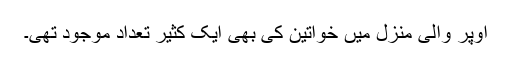
اوپر والی منزل میں خواتین کی بھی ایک کثیر تعداد موجود تھی۔